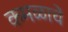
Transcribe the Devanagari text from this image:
कमळाचें